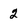
Character: 2